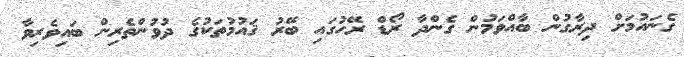
ގެނައުމަށް ދިރާގުން ބާއްވަމުން ގެންދާ ރޯޑް ރޭހުގައި ބޭރު ޤައުމުތަކުގެ ދުވުންތެރިން ބައިވެރިވާ